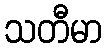
သတီမာ